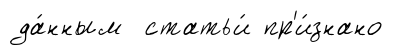
да́нным статьи́ пр'и́знано